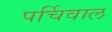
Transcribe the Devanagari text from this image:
पर्चिवाल